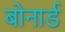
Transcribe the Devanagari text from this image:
बोनार्ड